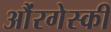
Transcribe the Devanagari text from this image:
औंरगेस्की